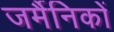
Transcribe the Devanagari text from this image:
जर्मैनिकों